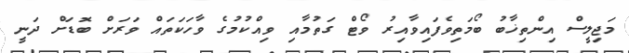
މަޖިލީސް އިންތިޚާބު ބޯމަތިވެފައިވާއިރު ވޯޓް ގަތުމާއި ވިއްކުމުގެ ވާހަކަތައް ވަރަށް ބޮޑަށް ދަނީ